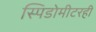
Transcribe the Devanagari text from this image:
स्पिडोमीटरही